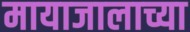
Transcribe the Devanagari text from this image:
मायाजालाच्या